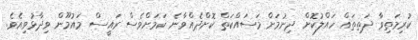
ކުރިމަތިވާ ދަތިތައް ހައްލުކޮށް ދިނުމަށް މަސައްކަތް ކޮށްދެއްވާނެ ކަމަށްވެސް ރައީސް މައުމޫން ވިދާޅުވިއެވެ.